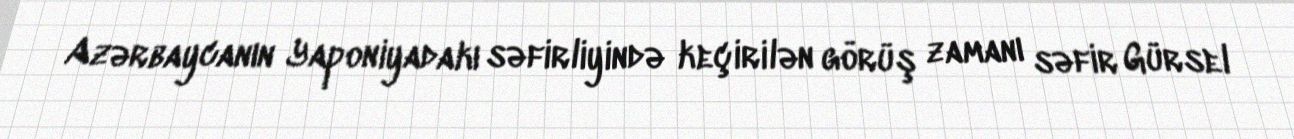
Azərbaycanın Yaponiyadakı səfirliyində keçirilən görüş zamanı səfir Gürsel